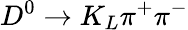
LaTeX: D^{0}\to K_{L}\pi^{+}\pi^{-}